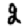
Digit: 2